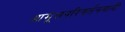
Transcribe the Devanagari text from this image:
आमूलपरिवर्तनवादी